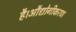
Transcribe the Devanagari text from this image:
है।औद्योगीकरण